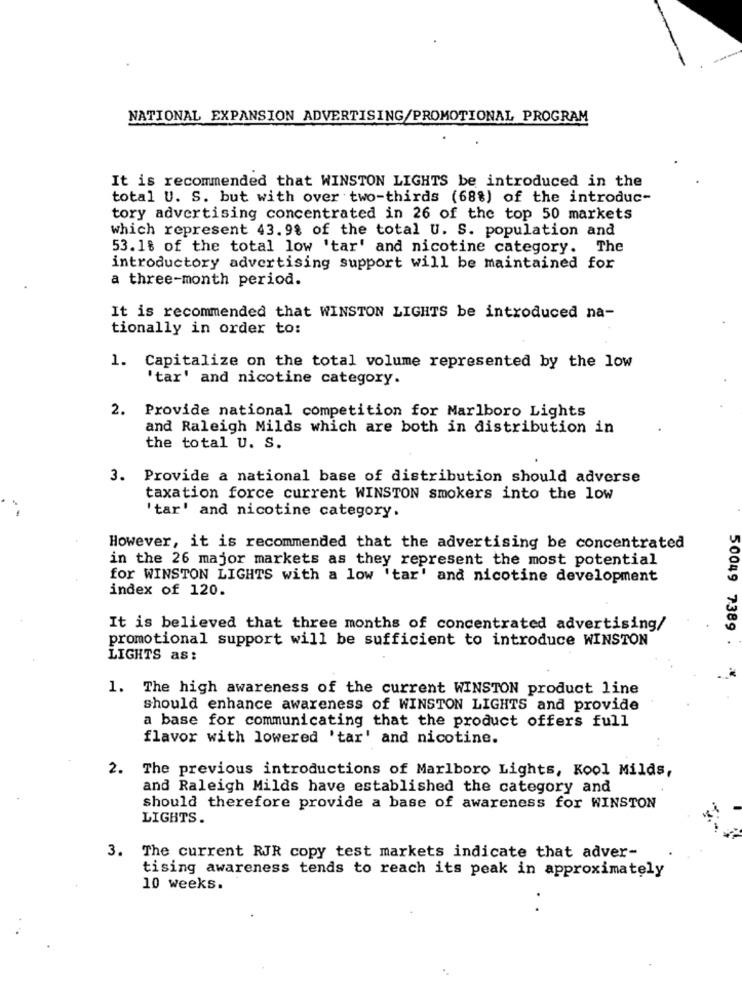
NATIONAL EXPANSION ADVERTISING/PROMOTIONAL PROGRAM
It is recommended that WINSTON LIGHTS be introduced in the
total U. S. but with over two-thirds (68%) of the introduc-
tory advertising concentrated in 26 of the top 50 markets
which represent 43.9% of the total U. S. population and
53.18 of the total low 'tar' and nicotine category. The
introductory advertising support will be maintained for
a three-month period.
It is recommended that WINSTON LIGHTS be introduced na-
tionally in order to:
1. Capitalize on the total volume represented by the low
'tar' and nicotine category.
2.
Provide national competition for Marlboro Lights
and Raleigh Milds which are both in distribution in
the total U. S.
3. Provide a national base of distribution should adverse
taxation force current WINSTON smokers into the low
'tar' and nicotine category.
However, it is recommended that the advertising be concentrated
in the 26 major markets as they represent the most potential
for WINSTON LIGHTS with a low 'tar' and nicotine development
index of 120.
It is believed that three months of concentrated advertising/
promotional support will be sufficient to introduce WINSTON
50049 7389 .
LIGHTS as:
1. The high awareness of the current WINSTON product line
should enhance awareness of WINSTON LIGHTS and provide
a base for communicating that the product offers full
flavor with lowered 'tar' and nicotine.
2. The previous introductions of Marlboro Lights, Kool Milds,
and Raleigh Milds have established the category and
should therefore provide a base of awareness for WINSTON
LIGHTS.
3. The current RJR copy test markets indicate that adver-
tising awareness tends to reach its peak in approximately
10 weeks.